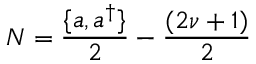
N = { \frac { \{ a , a ^ { \dagger } \} } { 2 } } - { \frac { ( 2 \nu + 1 ) } { 2 } }